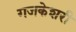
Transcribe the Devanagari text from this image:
गजकेशरी